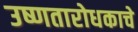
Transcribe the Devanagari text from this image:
उष्णतारोधकाचे